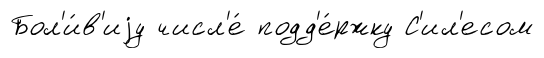
Бол'и́в'иjу числ'е́ подд'е́ржку С'ил'есом